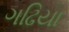
ગઢિયા